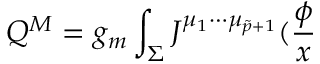
Q ^ { M } = g _ { m } \int _ { \Sigma } J ^ { \mu _ { 1 } \cdots \mu _ { \tilde { p } + 1 } } ( \frac \phi x